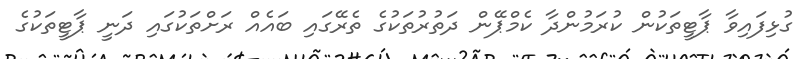
ގުޅިފައިވާ ޕާޓީތަކުން ކުރަމުންދާ ކެމްޕޭން ދަތުރުތަކުގެ ތެރޭގައި ބައެއް ރަށްތަކުގައި ދަނީ ޕާޓީތަކުގެ